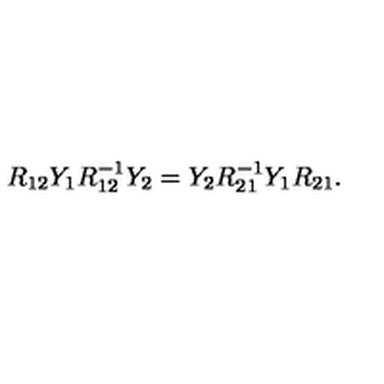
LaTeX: R _ { 1 2 } Y _ { 1 } R _ { 1 2 } ^ { - 1 } Y _ { 2 } = Y _ { 2 } R _ { 2 1 } ^ { - 1 } Y _ { 1 } R _ { 2 1 } .